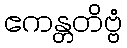
ဧကန္တတိဗ္ဗံ